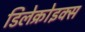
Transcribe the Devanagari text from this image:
डिलेक्रोइक्‍स